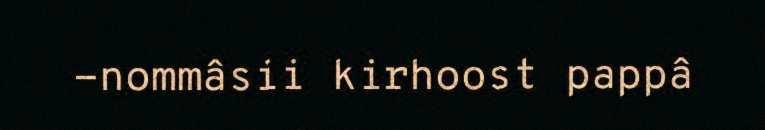
-nommâsii kirhoost pappâ